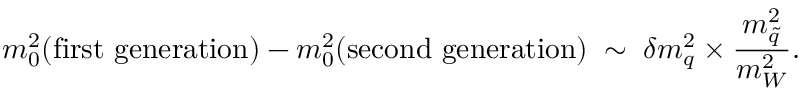
m _ { 0 } ^ { 2 } ( \mathrm { f i r s t ~ g e n e r a t i o n } ) - m _ { 0 } ^ { 2 } ( \mathrm { s e c o n d ~ g e n e r a t i o n } ) \; \sim \; \delta m _ { q } ^ { 2 } \times { \frac { m _ { \tilde { q } } ^ { 2 } } { m _ { W } ^ { 2 } } } .